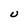
Character: U